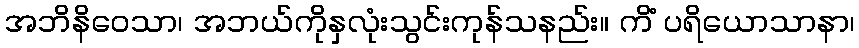
အဘိနိဝေသာ၊ အဘယ်ကိုနှလုံးသွင်းကုန်သနည်း။ ကိံ ပရိယောသာနာ၊